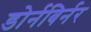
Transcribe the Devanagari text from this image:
डोर्नबिर्नर